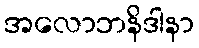
အလောဘနိဒါနာ